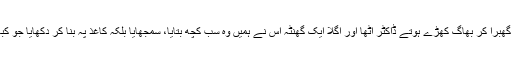
اس سے پہلے کہ ہم گھبرا کر بھاگ کھڑے ہوتے ڈاکٹر اٹھا اور اگلا ایک گھنٹہ اس نے ہمیں وہ سب کچھ بتایا، سمجھایا بلکہ کاغذ پہ بنا کر دکھایا جو کبھی سوچا بھی نہ تھا۔